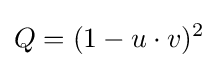
Q=(1-u\cdot v)^{2}